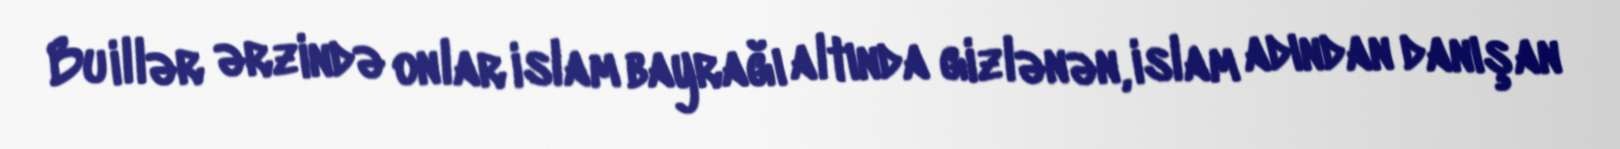
Bu illər ərzində onlar islam bayrağı altında gizlənən, islam adından danışan